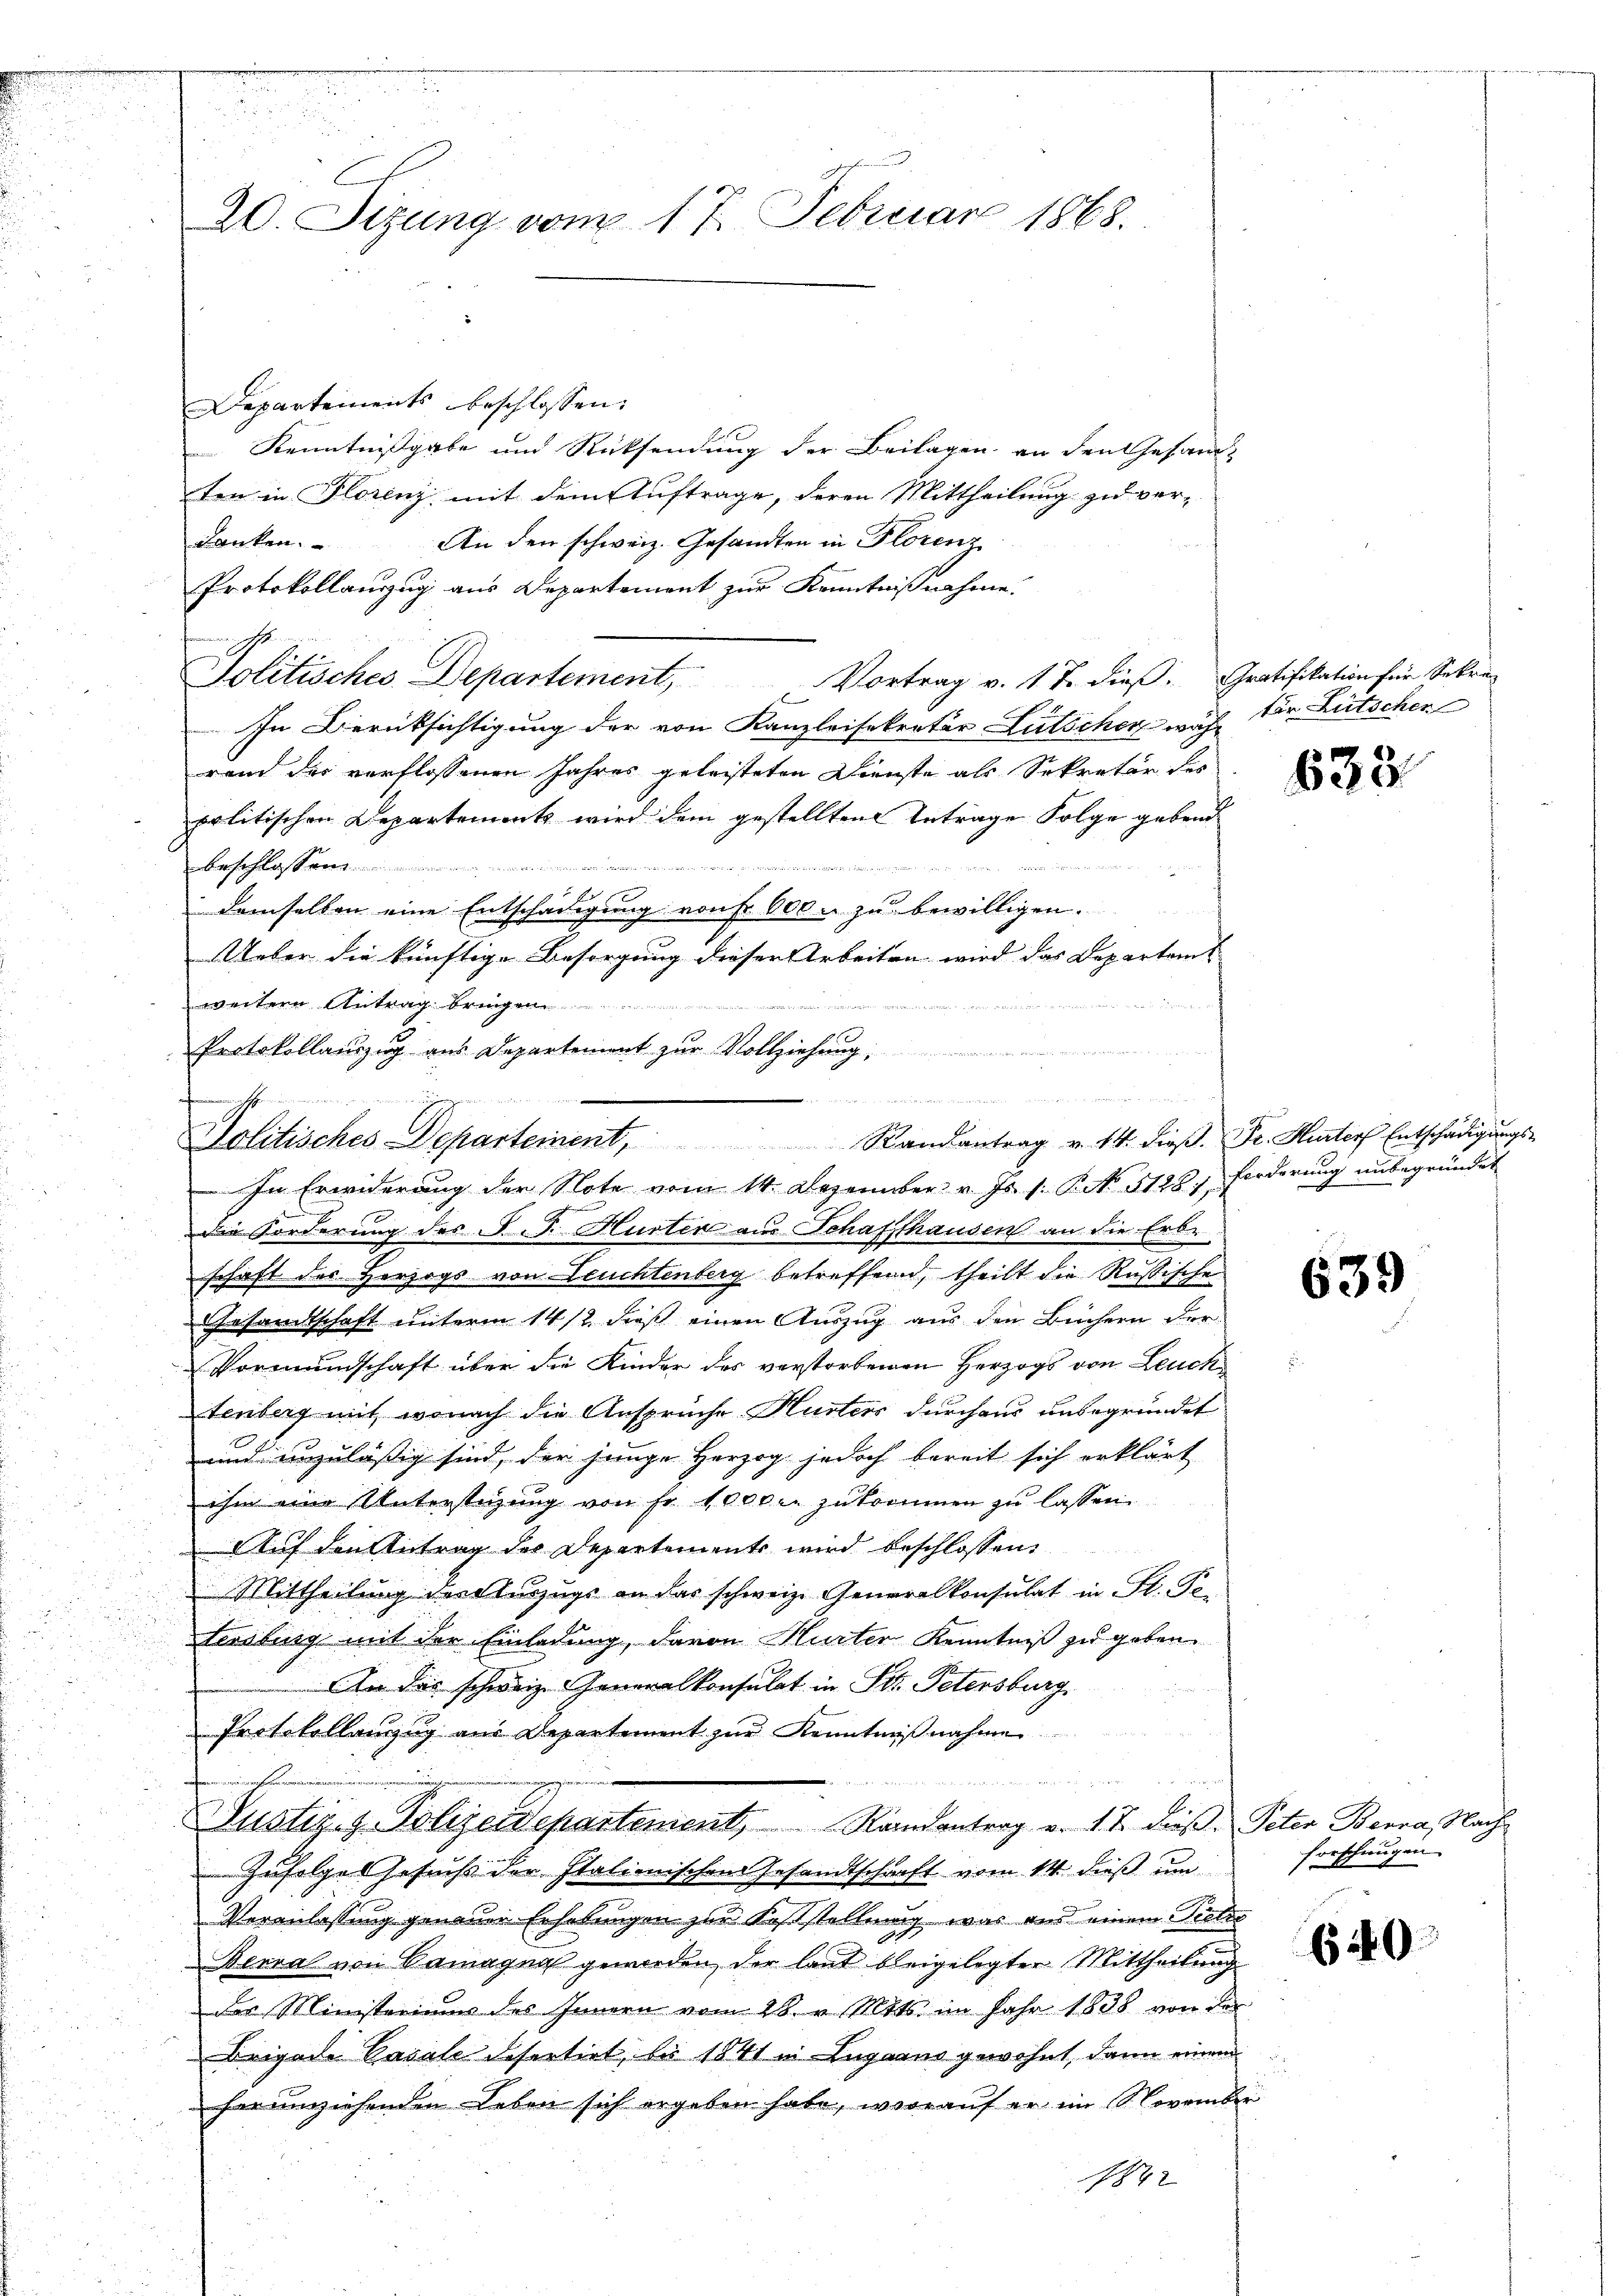
20. Sizung vom 17. Februar 1868.

Departements beschlossen:
 Kenntnißgabe und Rücksendung der Beilagen an den Gesandten in Florenz mit dem Auftrage, deren Mittheilung zu ver-
danken.
An den schweiz. Gesandten in Florenz
Protokollanzug aus Departement zur Kenntnißnahme.
Vortrag v. 17. dieß. Gratifikation für Sekre
Solitisches Departement,
.
In Berücksichtigung der von Kanzleisekretär Lütscher währ der Litschen
rand der verflossenen Jahres geleisteten Dienste als Sekretär des
politischen Departements wird dem gestellten Antrage Folge gebend
S
  Mit Bei der
beschlossen
demselben eine Entschädigung von Fr. 600. zu bewilligen.
Ueber die künftige Besorgung dieser Arbeiten wird das Departamt
weitere Antrag bringen
Protokollauszug aus Departement zur Vollziehung,
n

mmer nicht

i damit, wenn einen er in den einen Erinn
Politisches Departement, Randantrag v. 14. dieβ. Fr. Hurter Entschädigŭngs-
In Erwiderung der Note vom 14. Dezember v. Js. s. P. No. 3128. Forderŭng unbegründet

Die Forderung des P. J. Hurter aus Schaffthausen an die Erd-
x
schaft des Herzogs von Leuchtenberg betreffend, theilt die Rußische
Gesandtschaft unterm 14/2, dieß einen Auszug aus den Büchern der
Vormundschaft über die Kinder des verstorbenen Herzogs von Leuch
tenberg mit, wonach die Ansprüche Husters durchaus unbegründet
und unzuläßig sind, der junge Herzog jedoch bereit sich erklärt
ihm eine Unterstüzung von Fr. 1000 r. zukommen zu lassen.
Auf den Antrag des Departements wird beschlossen:
 Mittheilung der Auszugs an das schweiz. Generalkonsulat in Fl. Pe-
stersburg mit der Einladung, davon Hurter Kenntniß zu geben.
An das schweiz. Generalkonsulat in Tit. Petersburg,
Protokollanzug aus Departement zur Kenntnißnahme
Justiz- & Polizeidepartement, Randantrag v. 1. 2. dieβ.
Zufolgel Gesuchs der Italienischen Gesandtschaft vom 14. dieß um
Veranlassung genauen Erhebungen zur Feststellung, was aus einem Tretro
Berra von Ramagnat geworden, der laut bleigelegter Mittheilung
der Ministeriums des Innern vom 28. v. Mts. im Jahr 1838 von der
Brigade Vasale defertirt, bis 1841 in Lugaans gewohnt, dann einem
herumziehenden Leben sich ergeben habe, worauf er im November
1842

633

639

Peter Berra, Nachforschungen

640